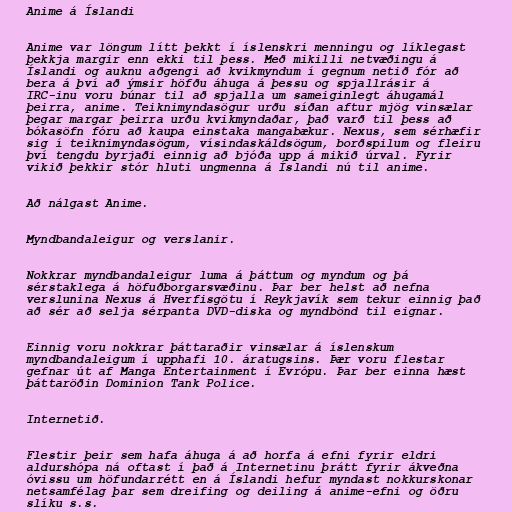
Anime á Íslandi

Anime var löngum lítt þekkt í íslenskri menningu og líklegast
þekkja margir enn ekki til þess. Með mikilli netvæðingu á
Íslandi og auknu aðgengi að kvikmyndum í gegnum netið fór að
bera á því að ýmsir höfðu áhuga á þessu og spjallrásir á
IRC-inu voru búnar til að spjalla um sameiginlegt áhugamál
þeirra, anime. Teiknimyndasögur urðu síðan aftur mjög vinsælar
þegar margar þeirra urðu kvikmyndaðar, það varð til þess að
bókasöfn fóru að kaupa einstaka mangabækur. Nexus, sem sérhæfir
sig í teiknimyndasögum, vísindaskáldsögum, borðspilum og fleiru
því tengdu byrjaði einnig að bjóða upp á mikið úrval. Fyrir
vikið þekkir stór hluti ungmenna á Íslandi nú til anime.

Að nálgast Anime.

Myndbandaleigur og verslanir.

Nokkrar myndbandaleigur luma á þáttum og myndum og þá
sérstaklega á höfuðborgarsvæðinu. Þar ber helst að nefna
verslunina Nexus á Hverfisgötu í Reykjavík sem tekur einnig það
að sér að selja sérpanta DVD-diska og myndbönd til eignar.

Einnig voru nokkrar þáttaraðir vinsælar á íslenskum
myndbandaleigum í upphafi 10. áratugsins. Þær voru flestar
gefnar út af Manga Entertainment í Evrópu. Þar ber einna hæst
þáttaröðin Dominion Tank Police.

Internetið.

Flestir þeir sem hafa áhuga á að horfa á efni fyrir eldri
aldurshópa ná oftast í það á Internetinu þrátt fyrir ákveðna
óvissu um höfundarrétt en á Íslandi hefur myndast nokkurskonar
netsamfélag þar sem dreifing og deiling á anime-efni og öðru
slíku s.s.